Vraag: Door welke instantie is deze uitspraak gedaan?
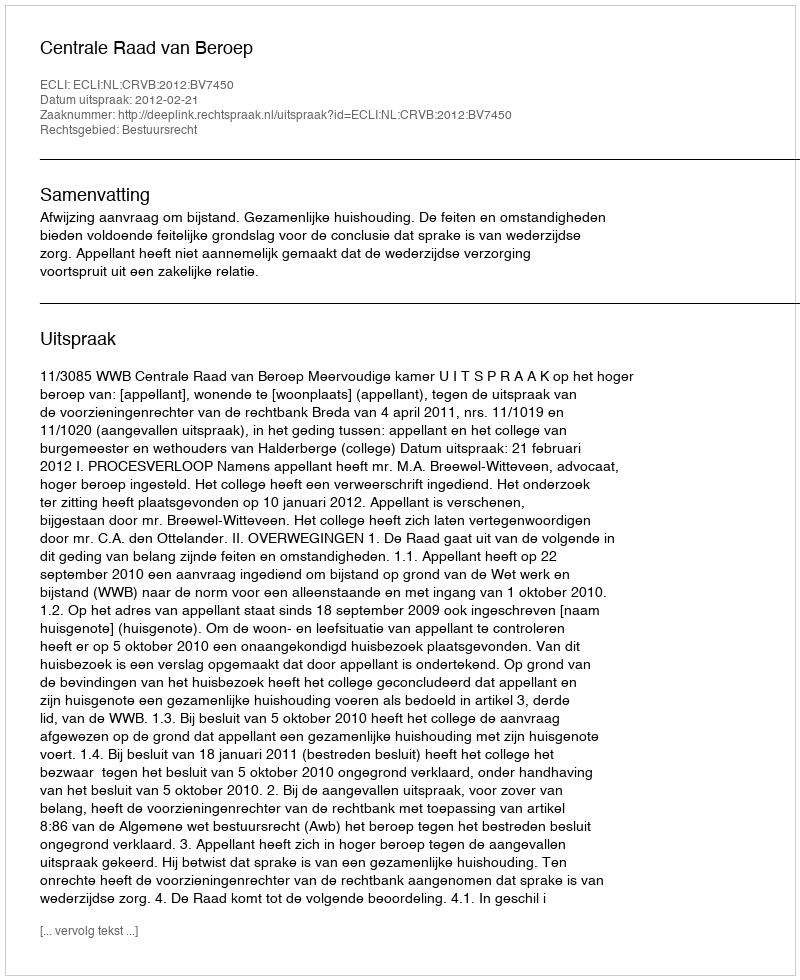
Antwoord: Centrale Raad van Beroep